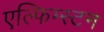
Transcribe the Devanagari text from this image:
एल्फिम्स्टन